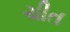
ચીત